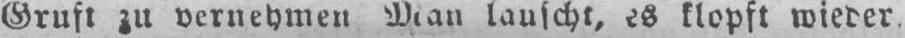
klopft wieder.